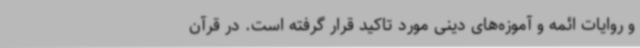
و روایات ائمه و آموزه‌های دینی مورد تاکید قرار گرفته است. در قرآن